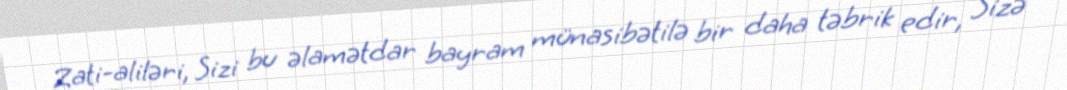
Zati-aliləri, Sizi bu əlamətdar bayram münasibətilə bir daha təbrik edir, Sizə